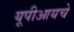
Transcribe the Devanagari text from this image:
यूपीआयचे